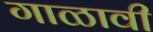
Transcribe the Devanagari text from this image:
गाळावी